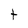
Character: t